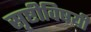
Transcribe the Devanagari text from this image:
सृष्टीविषयी